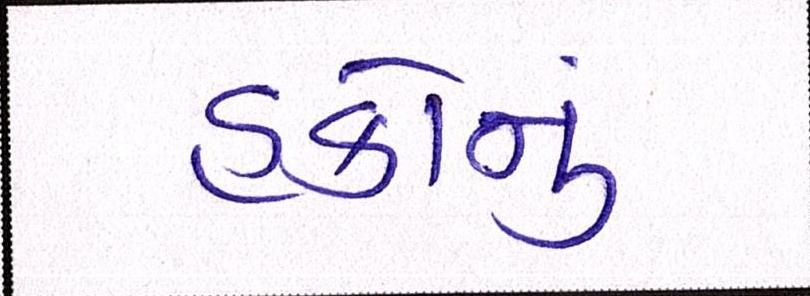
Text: હકોનું